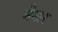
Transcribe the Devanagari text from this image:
नैनार